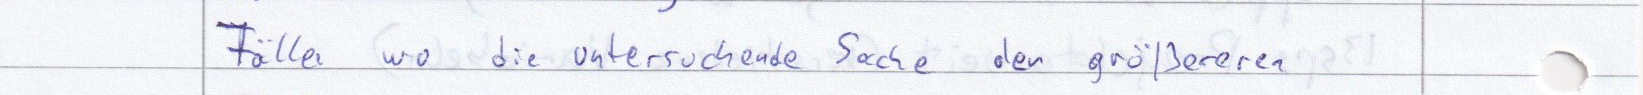
Fällen wo die untersuchende Sache den größeren